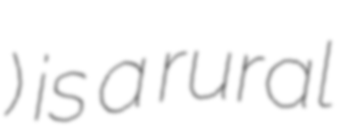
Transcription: Рогозовка) is a rural